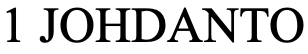
1 JOHDANTO